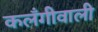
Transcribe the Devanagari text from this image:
कलँगीवाली